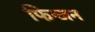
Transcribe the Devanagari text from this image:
फिन्जन